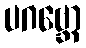
ပဂဗ္ဘော